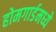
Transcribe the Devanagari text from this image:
होमगार्डमध्ये